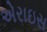
એરાઇસ